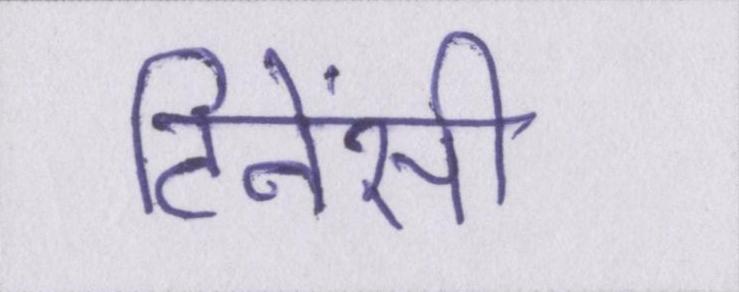
टिनेंसी